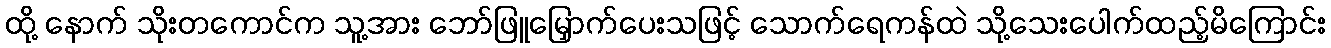
ထို့ နောက် သိုးတကောင်က သူ့အား ဘော်ဖြူမြှောက်ပေးသဖြင့် သောက်ရေကန်ထဲ သို့သေးပေါက်ထည့်မိကြောင်း